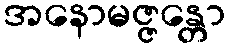
အနောမဇ္ဇန္တော